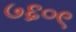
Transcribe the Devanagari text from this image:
७६०९